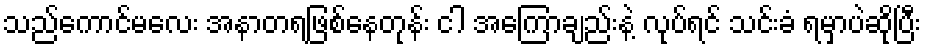
သည်ကောင်မလေး အနာတရဖြစ်နေတုန်း ငါ အကြောချည်းနဲ့ လုပ်ရင် သင်းခံ ရမှာပဲဆိုပြီး